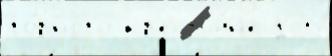
го́рного кр'естья́н'е д Б